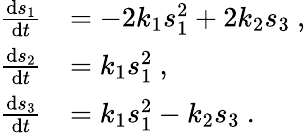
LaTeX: \begin{array}{rl}{\frac{\mathrm{d}s_{1}}{\mathrm{d}t}}&{=-2k_{1}s_{1}^{2}+2k_{2}s_{3}\ ,}\\ {\frac{\mathrm{d}s_{2}}{\mathrm{d}t}}&{=k_{1}s_{1}^{2}\ ,}\\ {\frac{\mathrm{d}s_{3}}{\mathrm{d}t}}&{=k_{1}s_{1}^{2}-k_{2}s_{3}\ .}\end{array}